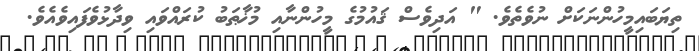
ތިޔަބައިމީހުންނަކަށް ނުވެތެވެ. " އަދިވެސް ޤައުމުގެ މީހުންނާއި މުޚާޠަބު ކުރައްވައި ވިދާޅުވެފައިވެއެވެ.